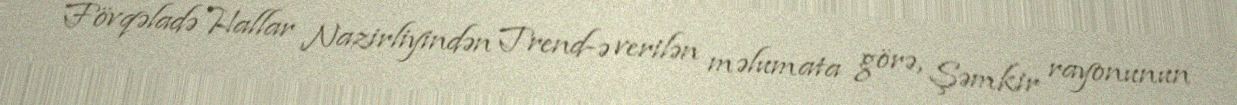
Fövqəladə Hallar Nazirliyindən Trend-ə verilən məlumata görə, Şəmkir rayonunun